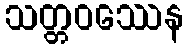
သတ္တဝဿေန